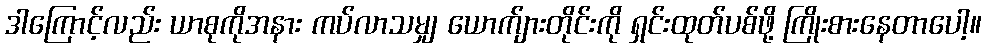
ဒါကြောင့်လည်း ယာစုကိုအနား ကပ်လာသမျှ ယောက်ျားတိုင်းကို ရှင်းထုတ်ပစ်ဖို့ ကြိုးစားနေတာပေါ့။